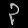
Digit: ၃